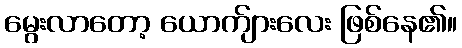
မွေးလာတော့ ယောက်ျားလေး ဖြစ်နေ၏။